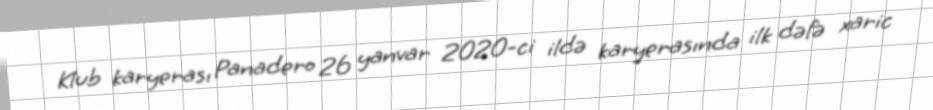
Klub karyerası Panadero 26 yanvar 2020-ci ildə karyerasında ilk dəfə xaric